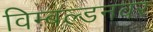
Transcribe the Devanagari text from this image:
विम्बल्डनवर